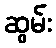
ဆွမ်း